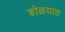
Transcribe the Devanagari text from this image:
डोळयात